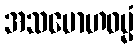
အသမောဟဓမ္မံ